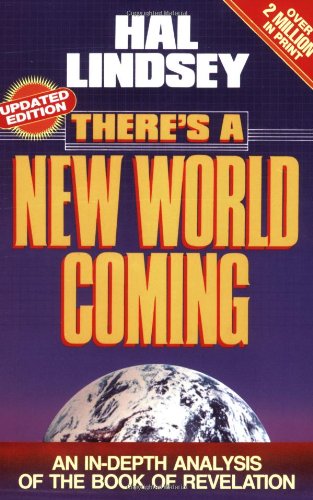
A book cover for There's a New World Coming: An In-Depth Analysis of the Book of Revelation; Hal Lindsey; Christian Books & Bibles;